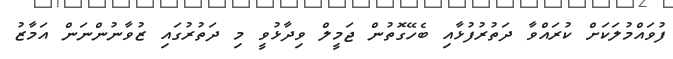
ފުވައްމުލަކަށް ކުރައްވާ ދަތުރުފުޅާއި ބެހޭގޮތުން ޖަމީލް ވިދާޅުވީ މި ދަތުރުގައި ޒުވާނުންނަން އަމާޒު